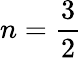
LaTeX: n=\frac 32